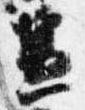
兼